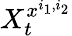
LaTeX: X_{t}^{x^{i_{1},i_{2}}}